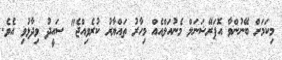
މިކަމަށް ބޭނުންވާ އޮޕަރޭޝަނަލް މެނުއަލްއެއް މިހާރު ތައްޔާރު ކުރެވިއްޖެ" ސައީދު ވިދާޅުވި އެވެ.